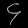
Digit: ၄